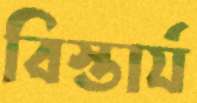
বিস্তার্য